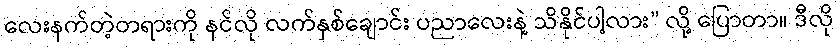
လေးနက်တဲ့တရားကို နင်လို လက်နှစ်ချောင်း ပညာလေးနဲ့ သိနိုင်ပါ့လား” လို့ ပြောတာ။ ဒီလို